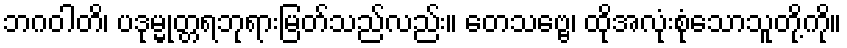
ဘဂဝါတိ၊ ပဒုမ္မုတ္တရဘုရားမြတ်သည်လည်း။ တေသဗ္ဗေ၊ ထိုအလုံးစုံသောသူတို့ကို။